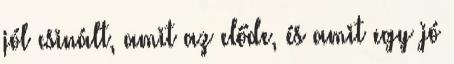
jól csinált, amit az előde, és amit egy jó